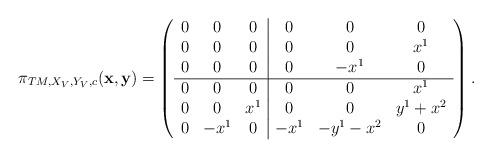
LaTeX: \begin{align*}\pi_{TM, X_V,Y_V,c}({\bf x},{\bf y})=\left( \begin{array}{ccc|ccc} 0&0&0&0&0&0\\0&0&0&0&0&x^1\\0&0&0&0&-x^1&0\\\hline 0&0&0&0&0&x^1\\0&0&x^1&0&0&y^1+x^2\\0&-x^1&0&-x^1&-y^1-x^2&0\\ \end{array}\right).\end{align*}